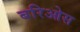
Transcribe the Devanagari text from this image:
बरिओस